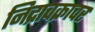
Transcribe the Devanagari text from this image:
निद्राचक्रावर